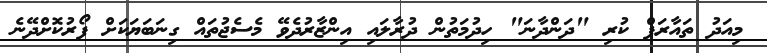
މިއަދު ތައާރަފް ކުރި "ދަންދާނަ" ހިދުމަތުން ދުރާލައި އިންޒާރުދެވޭ މެސެޖުތައް ގިނަބަޔަކަށް ފޯރުކޮށްދޭނެ